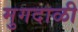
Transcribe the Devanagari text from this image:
मुगदाळी